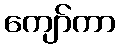
ကျော်ကာ